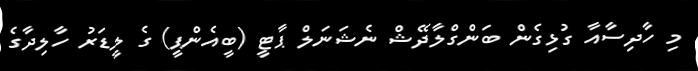
މި ހާދިސާއާ ގުޅިގެން ބަންގްލާދޭޝް ނެޝަނަލް ޕާޓީ (ބީއެންޕީ) ގެ ލީޑަރު ހާލިދާގެ